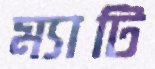
ম্যাটি